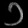
Digit: ၁